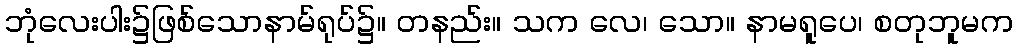
ဘုံလေးပါး၌ဖြစ်သောနာမ်ရုပ်၌။ တနည်း။ သက လေ၊ သော။ နာမရူပေ၊ စတုဘူမက